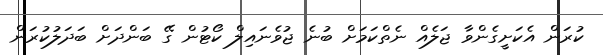
ކުރަން އެކަށީގެންވާ ޖަލެއް ނެތްކަމަށް ބުނެ ޖުވެނައިލް ކޯޓުން ގޭ ބަންދަށް ބަދަލުކުރަން